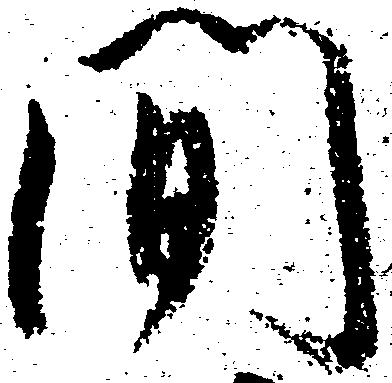
間